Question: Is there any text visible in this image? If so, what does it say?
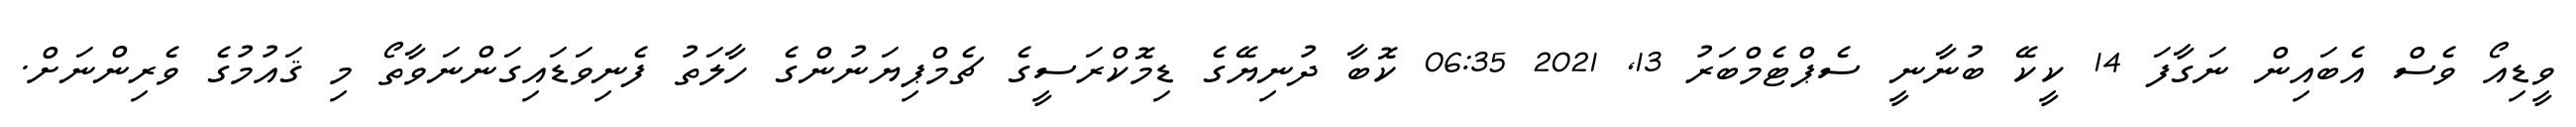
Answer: ވީޑިއޯ ވެސް އެބައިން ނަގާފަ 14 ކީކޭ ބުނާނީ ސެޕްޓެމްބަރު 13, 2021 06:35 ކޮބާ ދުނިޔޭގެ ޑިމޮކްރަސީގެ ޗެމްޕިޔަނުންގެ ހާލަތު ފެނިވަޑައިގަންނަވާތޯ މި ޤައުމުގެ ވެރިންނަށް.